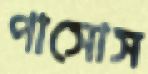
পাসোস